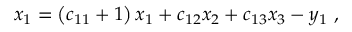
x _ { 1 } = \left( c _ { 1 1 } + 1 \right) x _ { 1 } + c _ { 1 2 } x _ { 2 } + c _ { 1 3 } x _ { 3 } - y _ { 1 } \ ,